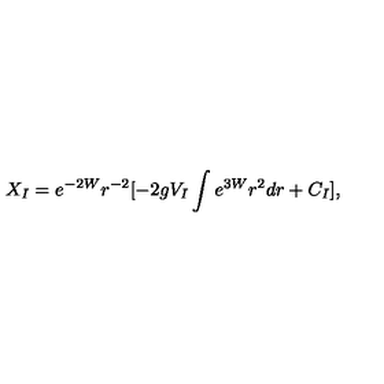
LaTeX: X _ { I } = e ^ { - 2 W } r ^ { - 2 } [ - 2 g V _ { I } \int e ^ { 3 W } r ^ { 2 } d r + C _ { I } ] ,